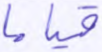
قياما